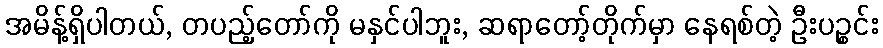
အမိန့်ရှိပါတယ်, တပည့်တော်ကို မနှင်ပါဘူး, ဆရာတော့်တိုက်မှာ နေရစ်တဲ့ ဦးပဉ္စင်း